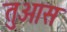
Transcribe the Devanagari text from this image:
तुआस